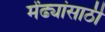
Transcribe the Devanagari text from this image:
मेंढ्यांसाठी